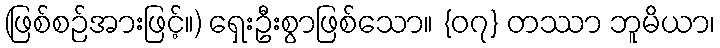
(ဖြစ်စဉ်အားဖြင့်။) ရှေးဦးစွာဖြစ်သော။ {၀၇} တဿာ ဘူမိယာ၊